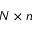
N \times n